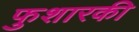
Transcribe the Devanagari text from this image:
फुशारकी